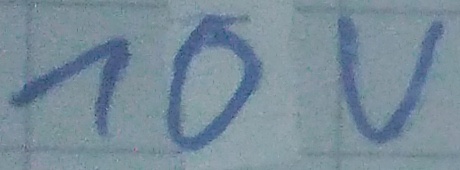
Text: 10V